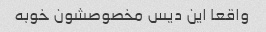
واقعا این دیس مخصوصشون خوبه